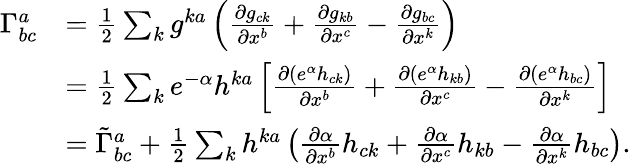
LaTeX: \begin{array}{rl}{\Gamma_{bc}^{a}}&{=\frac{1}{2}\sum_{k}g^{ka}\left(\frac{\partial g_{ck}}{\partial x^{b}}+\frac{\partial g_{kb}}{\partial x^{c}}-\frac{\partial g_{bc}}{\partial x^{k}}\right)}\\ &{=\frac{1}{2}\sum_{k}e^{-\alpha}h^{ka}\left[\frac{\partial(e^{\alpha}h_{ck})}{\partial x^{b}}+\frac{\partial(e^{\alpha}h_{kb})}{\partial x^{c}}-\frac{\partial(e^{\alpha}h_{bc})}{\partial x^{k}}\right]}\\ &{=\tilde{\Gamma}_{bc}^{a}+\frac{1}{2}\sum_{k}h^{ka}\left(\frac{\partial\alpha}{\partial x^{b}}h_{ck}+\frac{\partial\alpha}{\partial x^{c}}h_{kb}-\frac{\partial\alpha}{\partial x^{k}}h_{bc}\right).}\end{array}